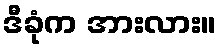
ဒီခုံက အားလား။